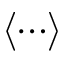
\langle \cdots \rangle